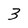
Character: 3